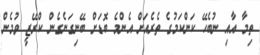
ތިމާ އާއި ނުބެހޭ ކަންކަމުގެ ތެރެއަށް އެންމެ ބޮޑަށް ބޭނިގަނެގެން ކްރޭޒީ ވުމެން